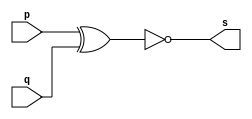
// -------------------------
// Exercicio0003 - XNOR
// Nome: Paulo Ricardo B. Souza
// -------------------------

// -------------------------
// -- xnor gate
// -------------------------
module xnorgate ( output s,
					  input p, q);
	assign s = ~(p ^ q);
endmodule // xnorgate

// ---------------------
// -- test xnor gate
// ---------------------
module testxnorgate;

// ------------------------- dados locais
	reg a, b; // definir registradores
	wire s; // definir conexao (fio)

// ------------------------- instancia
xnorgate XNOR1 (s, a, b);

// ------------------------- preparacao
initial begin:start
	a=0; b=0;
end

// ------------------------- parte principal
initial begin
	$display("Exercicio0003 - Paulo Ricardo B. Souza - 405828");
	$display("Test XNOR gate");
	$display("\n~(a ^ b) = s\n");
	a=0; b=0;
	#1 $display("~(%b ^ %b) = %b", a, b, s);
	a=0; b=1;
	#1 $display("~(%b ^ %b) = %b", a, b, s);
	a=1; b=0;
	#1 $display("~(%b ^ %b) = %b", a, b, s);
	a=1; b=1;
	#1 $display("~(%b ^ %b) = %b", a, b, s);
	end
endmodule // testxnorgate